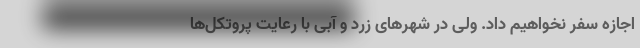
اجازه سفر نخواهیم داد. ولی در شهرهای زرد و آبی با رعایت پروتکل‌ها